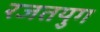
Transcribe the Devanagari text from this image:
रजतयुग